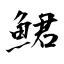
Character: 鮶